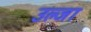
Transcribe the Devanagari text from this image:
उल्जा